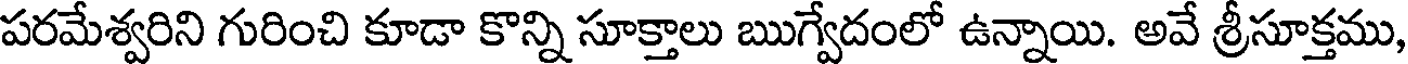
పరమేశ్వరిని గురించి కూడా కొన్ని సూక్తాలు ఋగ్వేదంలో ఉన్నాయి. అవే శ్రీసూక్తము,